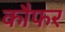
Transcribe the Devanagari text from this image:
कौफर